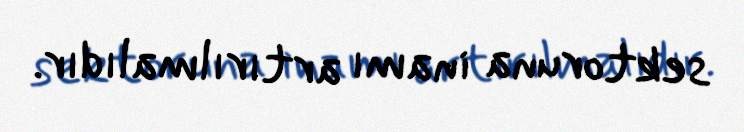
sektoruna inamı artırılmalıdır.